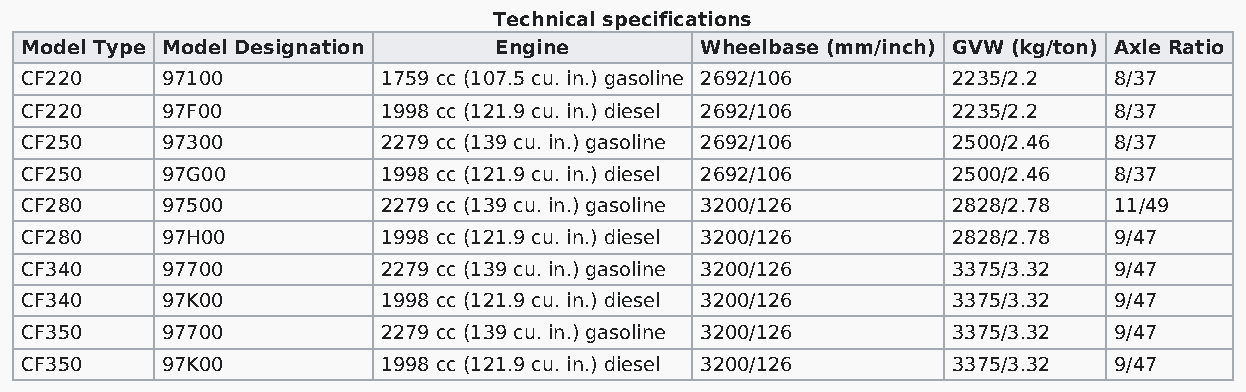
Technical specifications
 Model Type Model Designation    Engine       Wheelbase (mm/inch) GVW (kg/ton) Axle Ratio
 CF220     97100         1759 cc (107.5 cu. in.) gasoline 2692/106 2235/2.2 8/37
 CF220     97F00         1998 cc (121.9 cu. in.) diesel 2692/106 2235/2.2 8/37
 CF250     97300         2279 cc (139 cu. in.) gasoline 2692/106 2500/2.46 8/37
 CF250     97G00         1998 cc (121.9 cu. in.) diesel 2692/106 2500/2.46 8/37
 CF280     97500         2279 cc (139 cu. in.) gasoline 3200/126 2828/2.78 11/49
 CF280     97H00         1998 cc (121.9 cu. in.) diesel 3200/126 2828/2.78 9/47
 CF340     97700         2279 cc (139 cu. in.) gasoline 3200/126 3375/3.32 9/47
 CF340     97K00         1998 cc (121.9 cu. in.) diesel 3200/126 3375/3.32 9/47
 CF350     97700         2279 cc (139 cu. in.) gasoline 3200/126 3375/3.32 9/47
 CF350     97K00         1998 cc (121.9 cu. in.) diesel 3200/126 3375/3.32 9/47